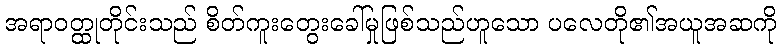
အရာဝတ္ထုတိုင်းသည် စိတ်ကူးတွေးခေါ်မှုဖြစ်သည်ဟူသော ပလေတို၏အယူအဆကို